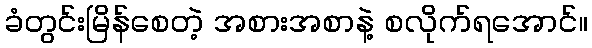
ခံတွင်းမြိန်စေတဲ့ အစားအစာနဲ့ စလိုက်ရအောင်။